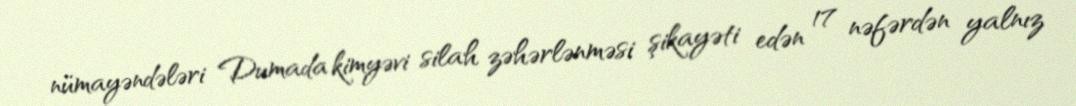
nümayəndələri Dumada kimyəvi silah zəhərlənməsi şikayəti edən 17 nəfərdən yalnız